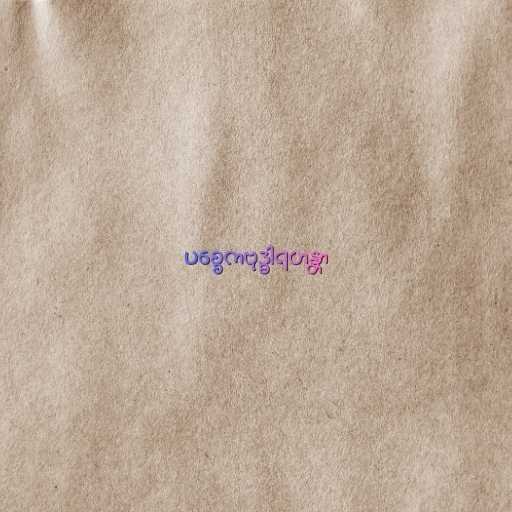
ပစ္စေကဗုဒ္ဓါရဟန္တာ